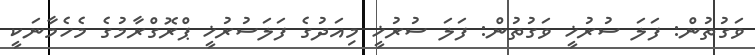
ވަގުތުން: ފަލަ ސުރުޚީ ވަގުތުން: ފަލަ ސުރުޚީ މިއަދުގެ ފަލަސުރުޚީ ޕްރޮގްރާމުގެ މެހެމާނަކީ